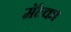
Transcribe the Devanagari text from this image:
मॅल्र्का